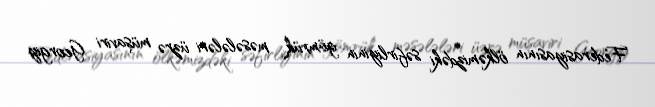
Federasiyasının ölkəmizdəki səfirliyinin gömrük məsələləri üzrə müşaviri Georgiy